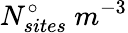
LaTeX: N_{sites}^{\circ}\ m^{-3}